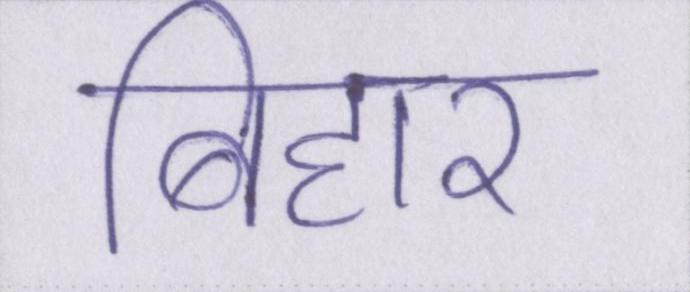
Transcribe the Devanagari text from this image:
बिहार